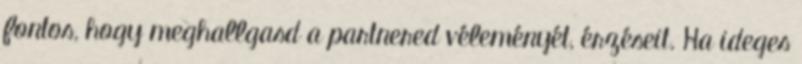
fontos, hogy meghallgasd a partnered véleményét, érzéseit. Ha ideges